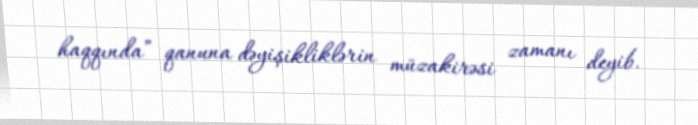
haqqında” qanuna dəyişikliklərin müzakirəsi zamanı deyib.